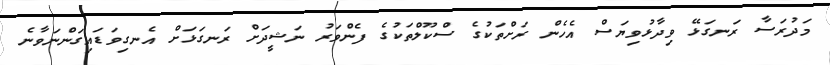
މަދުރަސާ ރަނގަޅޭ ވިދާޅުވިޔަސް އެހެން ރަށްތަކުގެ ސްކޫލްތަކުގެ ފެންވަރު ނަޝީދަށް ރަނގަޅަށް އެނގިވަޑައިގަންނަވާނެ